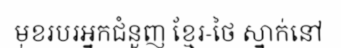
មុខរបរអ្នកជំនួញ ខ្មែរ-ថៃ ស្នាក់នៅ